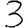
Digit: 3